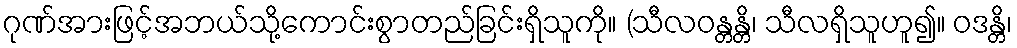
ဂုဏ်အားဖြင့်အဘယ်သို့ကောင်းစွာတည်ခြင်းရှိသူကို။ (သီလဝန္တန္တိ၊ သီလရှိသူဟူ၍။ ဝဒန္တိ၊